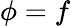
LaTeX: \phi=f